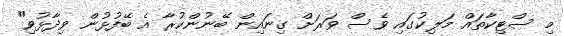
މި ސްޓިކާތައް މަލިކުގައި ވެސް ވަރަށް ގިނައިން ބޭނުންކުރާ އެ ބޭފުޅުން ވިދާޅުވި"